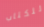
للكتاب